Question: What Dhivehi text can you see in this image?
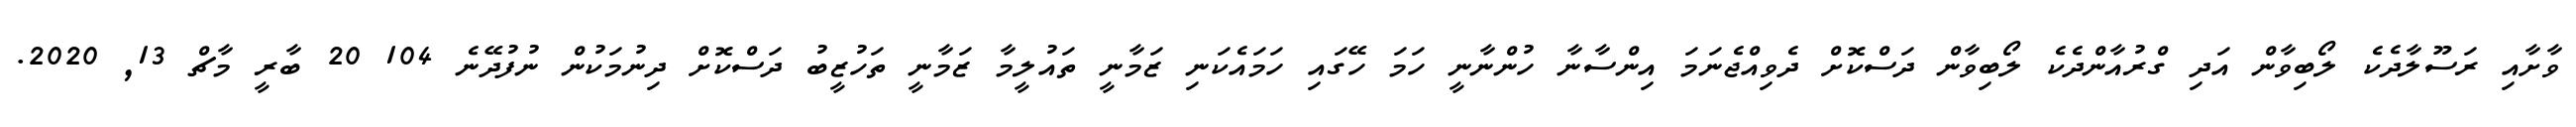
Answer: ވާށާއި ރަސޫލާދެކެ ލޯބިވާން އަދި ގްރުއާންދެކެ ލޯބިވާން ދަސްކޮށް ދެވިއްޖެނަމަ އިންސާނާ ހުންނާނީ ހަމަ ހޭގައި ހަމައެކަނި ޒަމާނީ ތައުލީމާ ޒަމާނީ ތަހުޒީބު ދަސްކޮށް ދިނުމަކުން ނުފުދޭނެ 104 20 ބާރީ މާޗް 13, 2020.